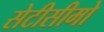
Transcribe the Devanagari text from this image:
सेटीसीमो